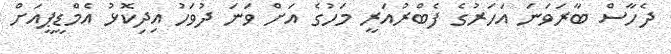
ދެހާސް ބާރަވަނަ އަހަރުގެ ފެބްރުއަރީ މަހުގެ އަށް ވަނަ ދުވަހު އިދިކޮޅު އެމްޑީޕީއަށް